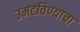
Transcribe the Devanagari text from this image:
उमटविण्याचा